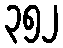
၃၅၂